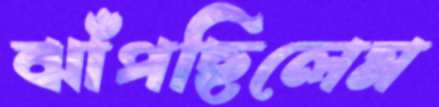
ঝাঁপছিলেম